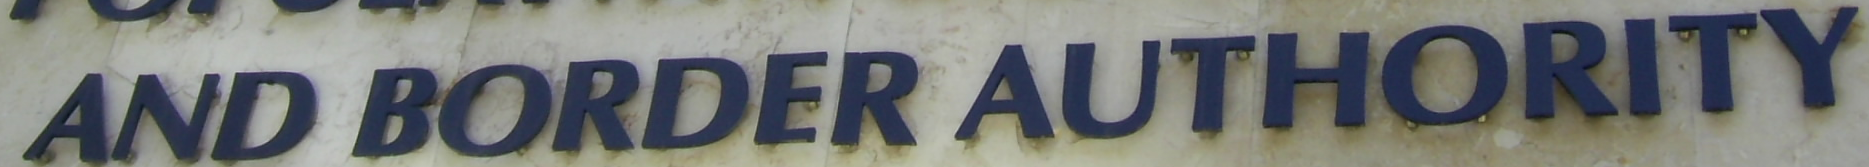
AND BORDER AUTHORITY